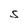
Character: S